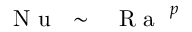
\mathrm { ~ \textit ~ { ~ N ~ u ~ } ~ } \sim \mathrm { ~ \textit ~ { ~ R ~ a ~ } ~ } ^ { p }